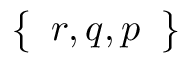
\left\{ \begin{array} { l } { r , q , p } \end{array} \right\}